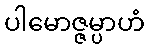
ပါမောဇ္ဇမ္ပာဟံ